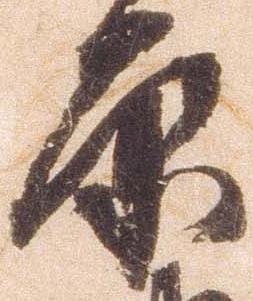
原